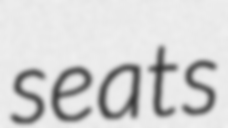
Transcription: seats